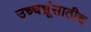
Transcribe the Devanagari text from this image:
उच्चभ्रूंसाठीच